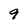
Character: 9